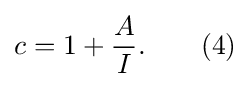
c=1+{\frac {A}{I}}.\qquad (4)